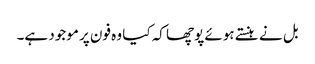
بل نے ہنستے ہوئے پوچھا کہ کیا وہ فون پر موجود ہے۔